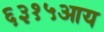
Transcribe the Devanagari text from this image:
६३१५आय